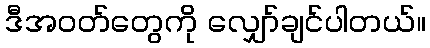
ဒီအဝတ်တွေကို လျှော်ချင်ပါတယ်။